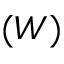
( W )